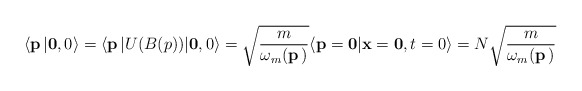
\begin{align*}\langle {\bf p}\, \vert {\bf 0} ,0 \rangle =\langle {\bf p}\, \vert U(B(p) ) \vert {\bf 0} ,0 \rangle = \sqrt{{m \over \omega_m ({\bf p} \,)} }\langle {\bf p}={\bf 0} \vert {\bf x}={\bf 0},t=0 \rangle =N \sqrt{{m \over \omega_m ({\bf p} \,)} }\end{align*}